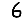
Digit: 6